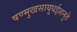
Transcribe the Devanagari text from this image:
षण्मुखसायुधईशनुते